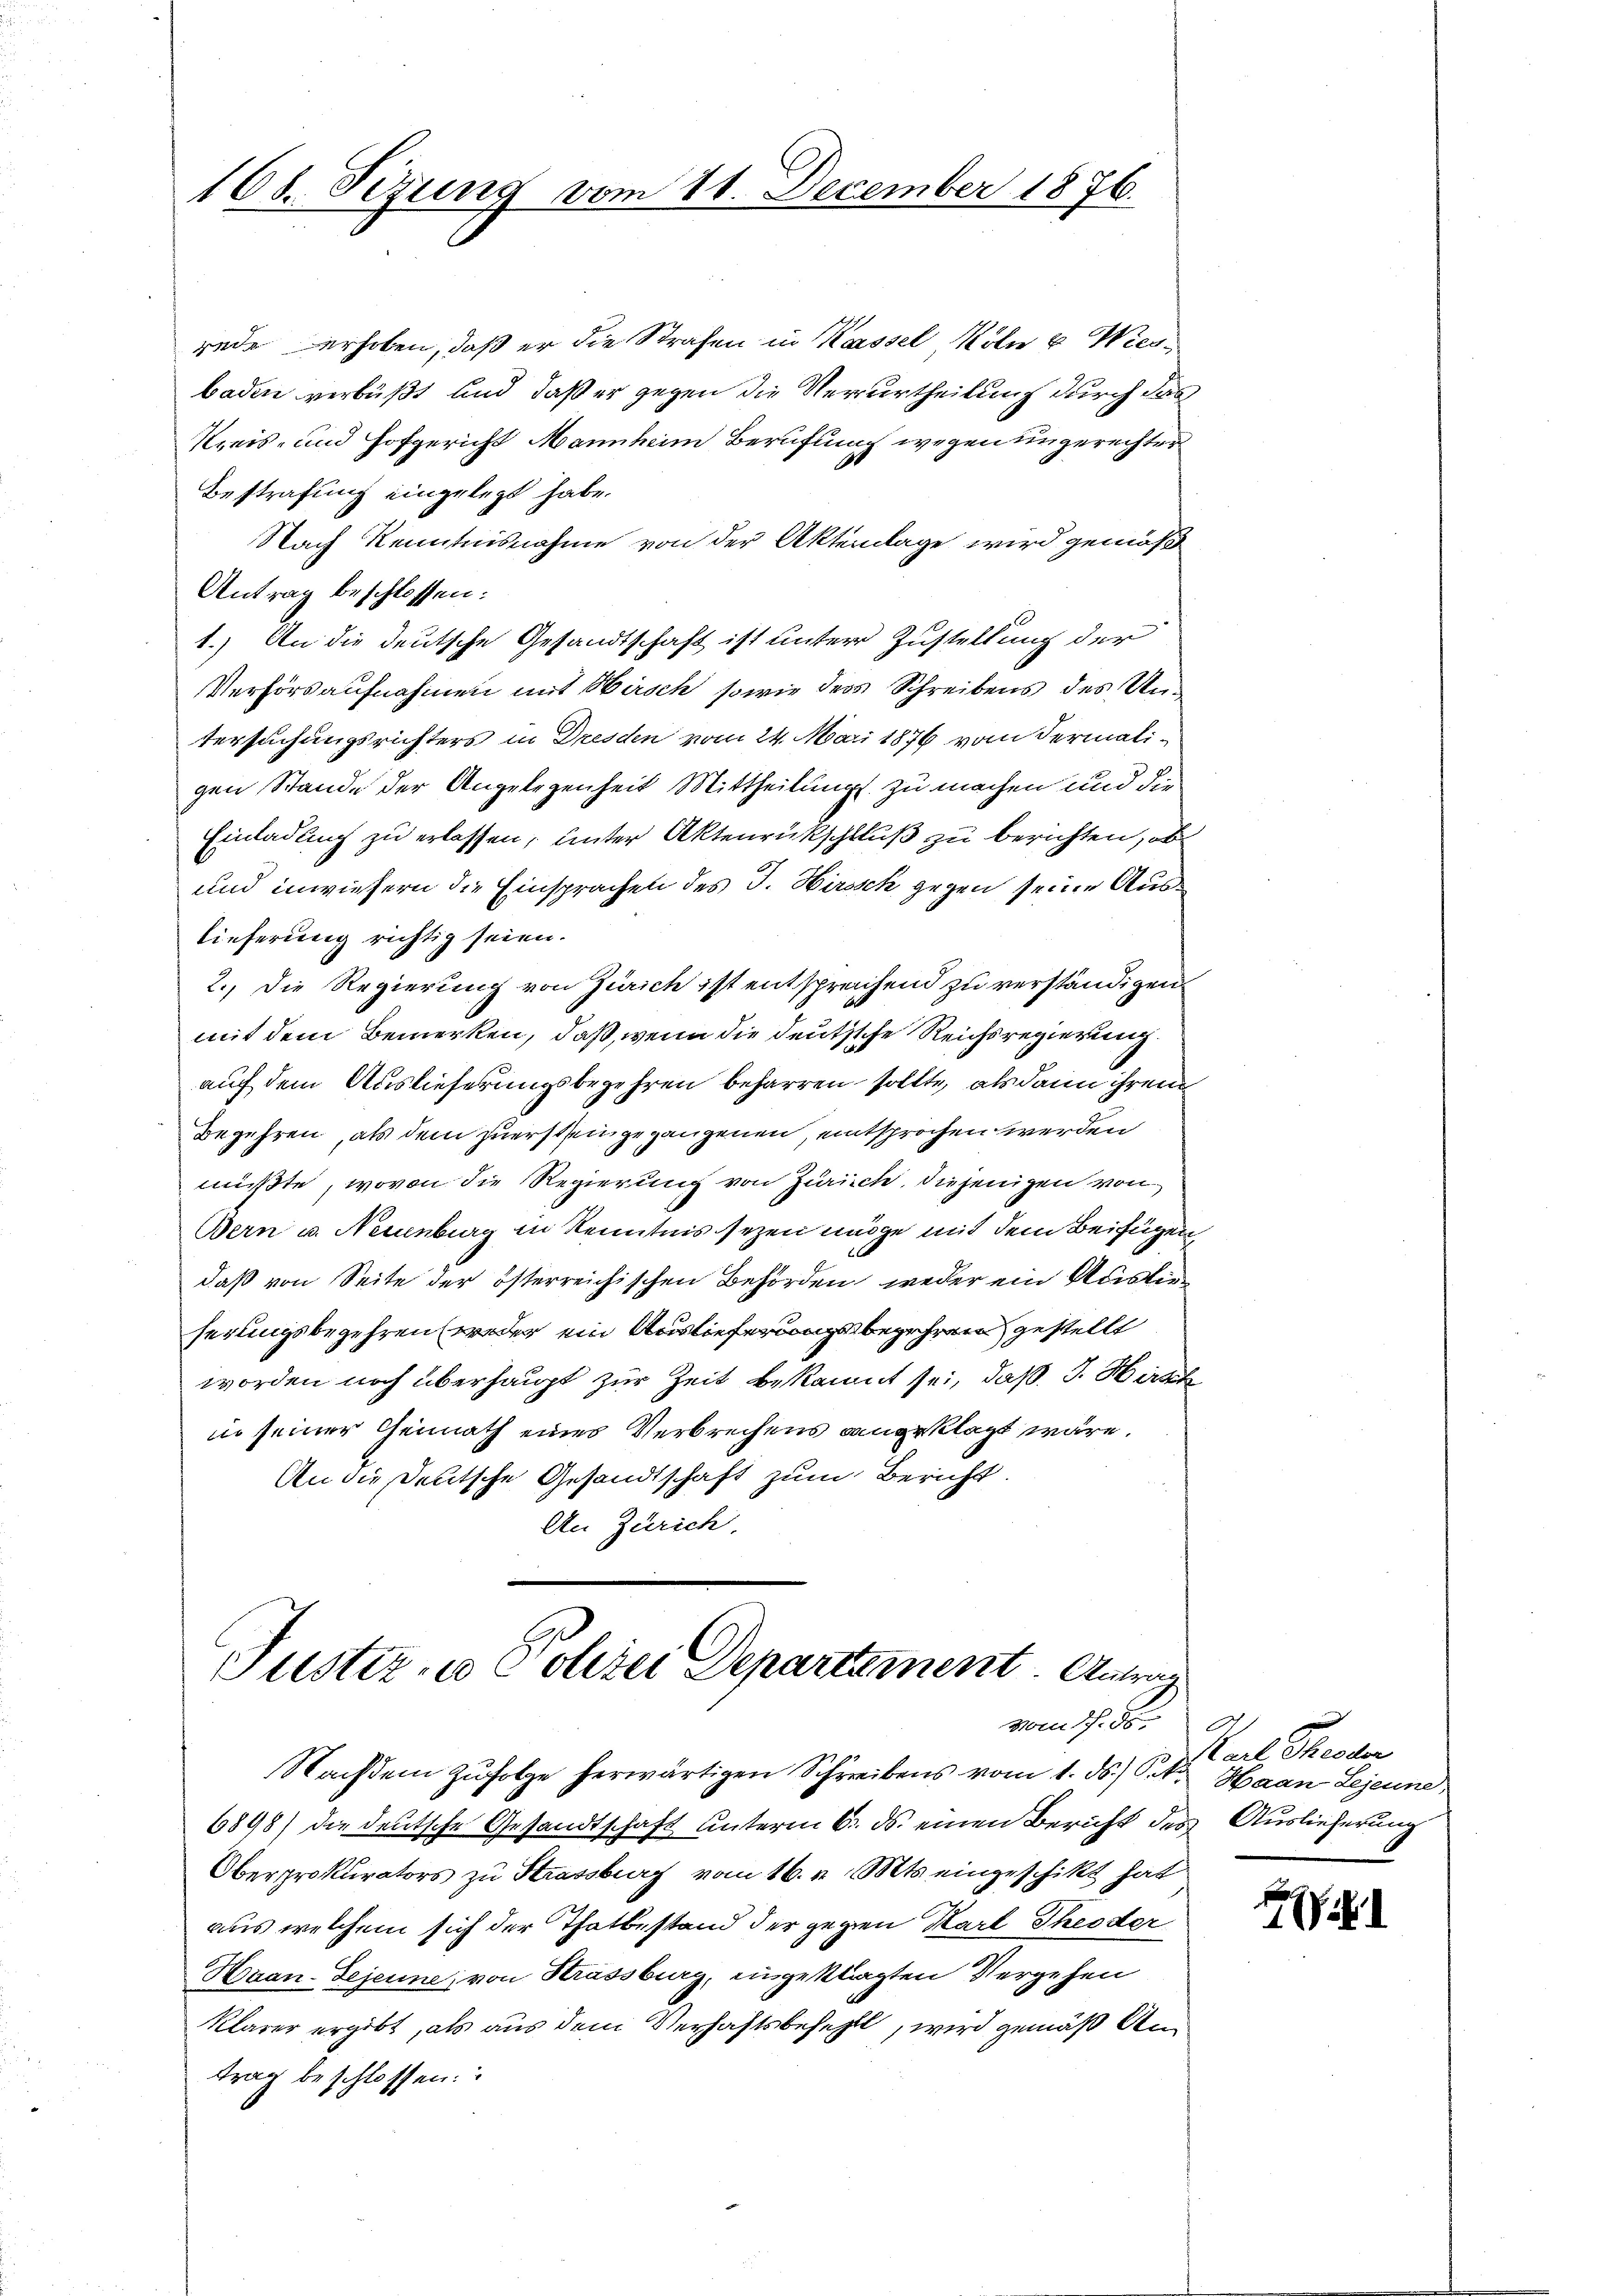
108. Sizung vom 11. December 1876.

rede erhoben, daß er die Strafen in Kassel Köln u Wienbaden verbüßt und daß er gegen die Verurtheilung durch das
Kreis- und Hofgericht Mannheim Berufung wegen ungerechter
Bestrafung eingelegt habe.
Nach Kenntnisnahme von der Aktenlage wird gemäß
Antrag beschlossen:
1.) An die deutsche Gesandtschaft ist untere Zustellung der
Verhörsaufnahmen mit Hirsch, sowie der Schreibens des Untersuchungsrichters in Dresden vom 24. Mai 1876 von dermaligen Stande der Angelegenheit Mittheilung zu machen und die
Einladung zu erlassen, unter Aktenrückschluß zu berichten, ob
und inwiesern die Einsprachen des J. Hirsch gegen seine Auslieferung richtig seien.
2.) Die Regierung von Zürich ist entsprechend zu verständigen
mit dem Bemerken, daß, wenn die deutsche Reichsregierung.
auf dem Auslieferungsbegehren beharren sollte, als dann ihrem
Begehren, als dem zuersteingegangenen, entsprochen werden
müßte, wovon die Regierung von Zürich, diejenigen von
Bern u. Neuenburg in Kenntnis sezen möge mit dem Beifügen,
daß von Seite der österreichischen Behörden, weder ein Auslieserungsbegehren weder ein Auslieferungsbegehren gestellt
worden noch überhaupt zur Zeit bekannt sei, daß J. Hätte
in seiner Gemath eines Verbrechens angeklagt wäre.
An die deutsche Gesandtschaft zum Bericht.
An Zürich.

Justiz- u Polizei Departement. Antrag
vom 17. 85.

Nachdem Zufolge herwärtigen Schreibens vom 1. ds. S.
6898) die deutsche Gesandtschaft unterm 6. ds. einen Bericht des Auslieferung
Oberprokurators zu Strassburg vom 16. v. Mts. eingeschikt hat
aus welchem sich der Thatbestand der gegen Karl Theoder
Haan-Sejeune von Strassburg, ingeklagten Vergehen
klarer ergibt, als aus dem Verhaftsbefehlt, wird gemäß Antrag beschlossen:

O
Karl Theodor
Haan- Lejeune

l